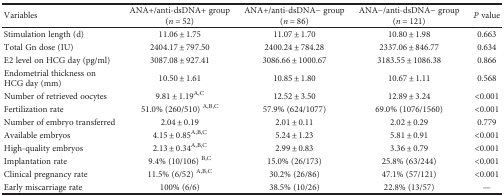
| Variables | ANA+/anti-dsDNA+ group (n = 52) | ANA+/anti-dsDNA− group (n = 86) | ANA−/anti-dsDNA− group (n = 121) | P value |
 | --- | --- | --- | --- | --- |
 | Stimulation length (d) | 11.06 ± 1.75 | 11.07 ± 1.70 | 10.80 ± 1.98 | 0.663 |
 | Total Gn dose (IU) | 2404.17 ± 797.50 | 2400.24 ± 784.28 | 2337.06 ± 846.77 | 0.634 |
 | E2 level on HCG day (pg/ml) | 3087.08 ± 927.41 | 3086.66 ± 1000.67 | 3183.55 ± 1086.38 | 0.866 |
 | Endometrial thickness on HCG day (mm) | 10.50 ± 1.61 | 10.85 ± 1.80 | 10.67 ± 1.11 | 0.568 |
 | Number of retrieved oocytes | 9.81 ± 1.19A,C | 12.52 ± 3.50 | 12.89 ± 3.24 | <0.001 |
 | Fertilization rate | 51.0% (260/510) A,B,C | 57.9% (624/1077) | 69.0% (1076/1560) | <0.001 |
 | Number of embryo transferred | 2.04 ± 0.19 | 2.01 ± 0.11 | 2.02 ± 0.29 | 0.779 |
 | Available embryos | 4.15 ± 0.85A,B,C | 5.24 ± 1.23 | 5.81 ± 0.91 | <0.001 |
 | High-quality embryos | 2.13 ± 0.34A,B,C | 2.99 ± 0.83 | 3.36 ± 0.79 | <0.001 |
 | Implantation rate | 9.4% (10/106) B,C | 15.0% (26/173) | 25.8% (63/244) | <0.001 |
 | Clinical pregnancy rate | 11.5% (6/52) A,B,C | 30.2% (26/86) | 47.1% (57/121) | <0.001 |
 | Early miscarriage rate | 100% (6/6) | 38.5% (10/26) | 22.8% (13/57) | — |